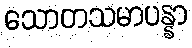
သောတသမာပန္နာ